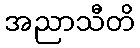
အညာသီတိ